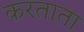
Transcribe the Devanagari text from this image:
करताता